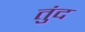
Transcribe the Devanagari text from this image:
तुंद